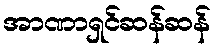
အာဏာရှင်ဆန်ဆန်